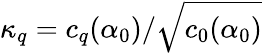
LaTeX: \kappa_{q}=c_{q}(\alpha_{0})/\sqrt{c_{0}(\alpha_{0})}